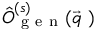
\hat { O } _ { \mathrm { ~ g ~ e ~ n ~ } } ^ { ( s ) } ( \vec { q } \ )